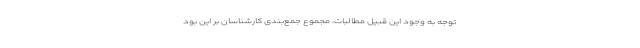
توجه به وجود این قبیل مطالبات، مجموع جمع‌بندی کارشناسان بر این بود